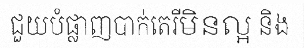
ជួយបំផ្លាញបាក់តេរីមិនល្អ និង